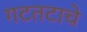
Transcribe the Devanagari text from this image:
गटतटाचे